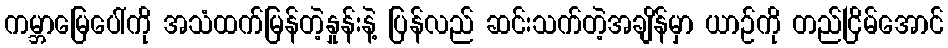
ကမ္ဘာမြေပေါ်ကို အသံထက်မြန်တဲ့နှုန်းနဲ့ ပြန်လည် ဆင်းသက်တဲ့အချိန်မှာ ယာဉ်ကို တည်ငြိမ်အောင်